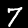
Label: 7